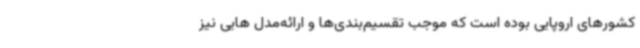
کشورهای اروپایی بوده است که موجب تقسیم‌بندی‌ها و ارائه‌مدل هایی نیز